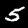
Label: 5